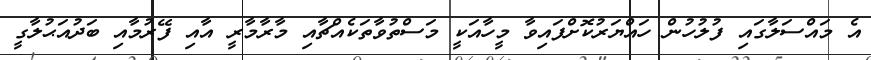
އެ މައްސަލާގައި ފުލުހުން ހައްޔަރުކޮށްފައިވާ މީހާއަކީ މަސްތުވާތަކެއްޗާއި މާރާމާރީ އާއި ފޭރުމާއި ބަދުއަޙުލާގީ